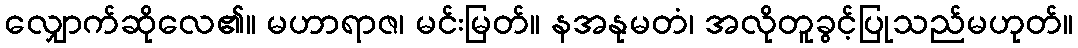
လျှောက်ဆိုလေ၏။ မဟာရာဇ၊ မင်းမြတ်။ နအနုမတံ၊ အလိုတူခွင့်ပြုသည်မဟုတ်။